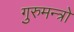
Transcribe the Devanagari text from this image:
गुरुमन्त्रो